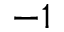
^ { - 1 }